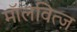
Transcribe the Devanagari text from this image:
मॉलवित्ज़